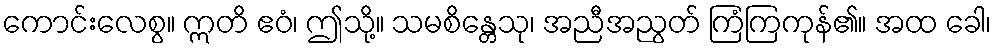
ကောင်းလေစွ။ ဣတိ ဧဝံ၊ ဤသို့။ သမစိန္တေသု၊ အညီအညွတ် ကြံကြကုန်၏။ အထ ခေါ၊